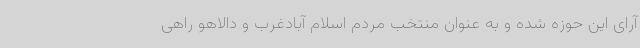
آرای این حوزه شده و به عنوان منتخب مردم اسلام آبادغرب و دالاهو راهی